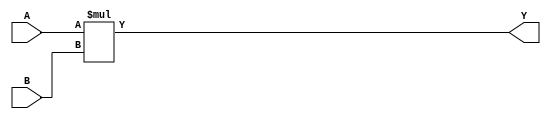
module MYMUL(A, B, Y);
    parameter WIDTH = 1;
    input [WIDTH-1:0] A, B;
    output [WIDTH-1:0] Y;
    assign Y = A * B;
endmodule